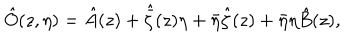
\hat { O } ( z , \eta ) = \hat { A } ( z ) + \hat { \bar { \zeta } } ( z ) \eta + \bar { \eta } \hat { \zeta } ( z ) + \bar { \eta } \eta \hat { B } ( z ) ,